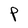
Character: P